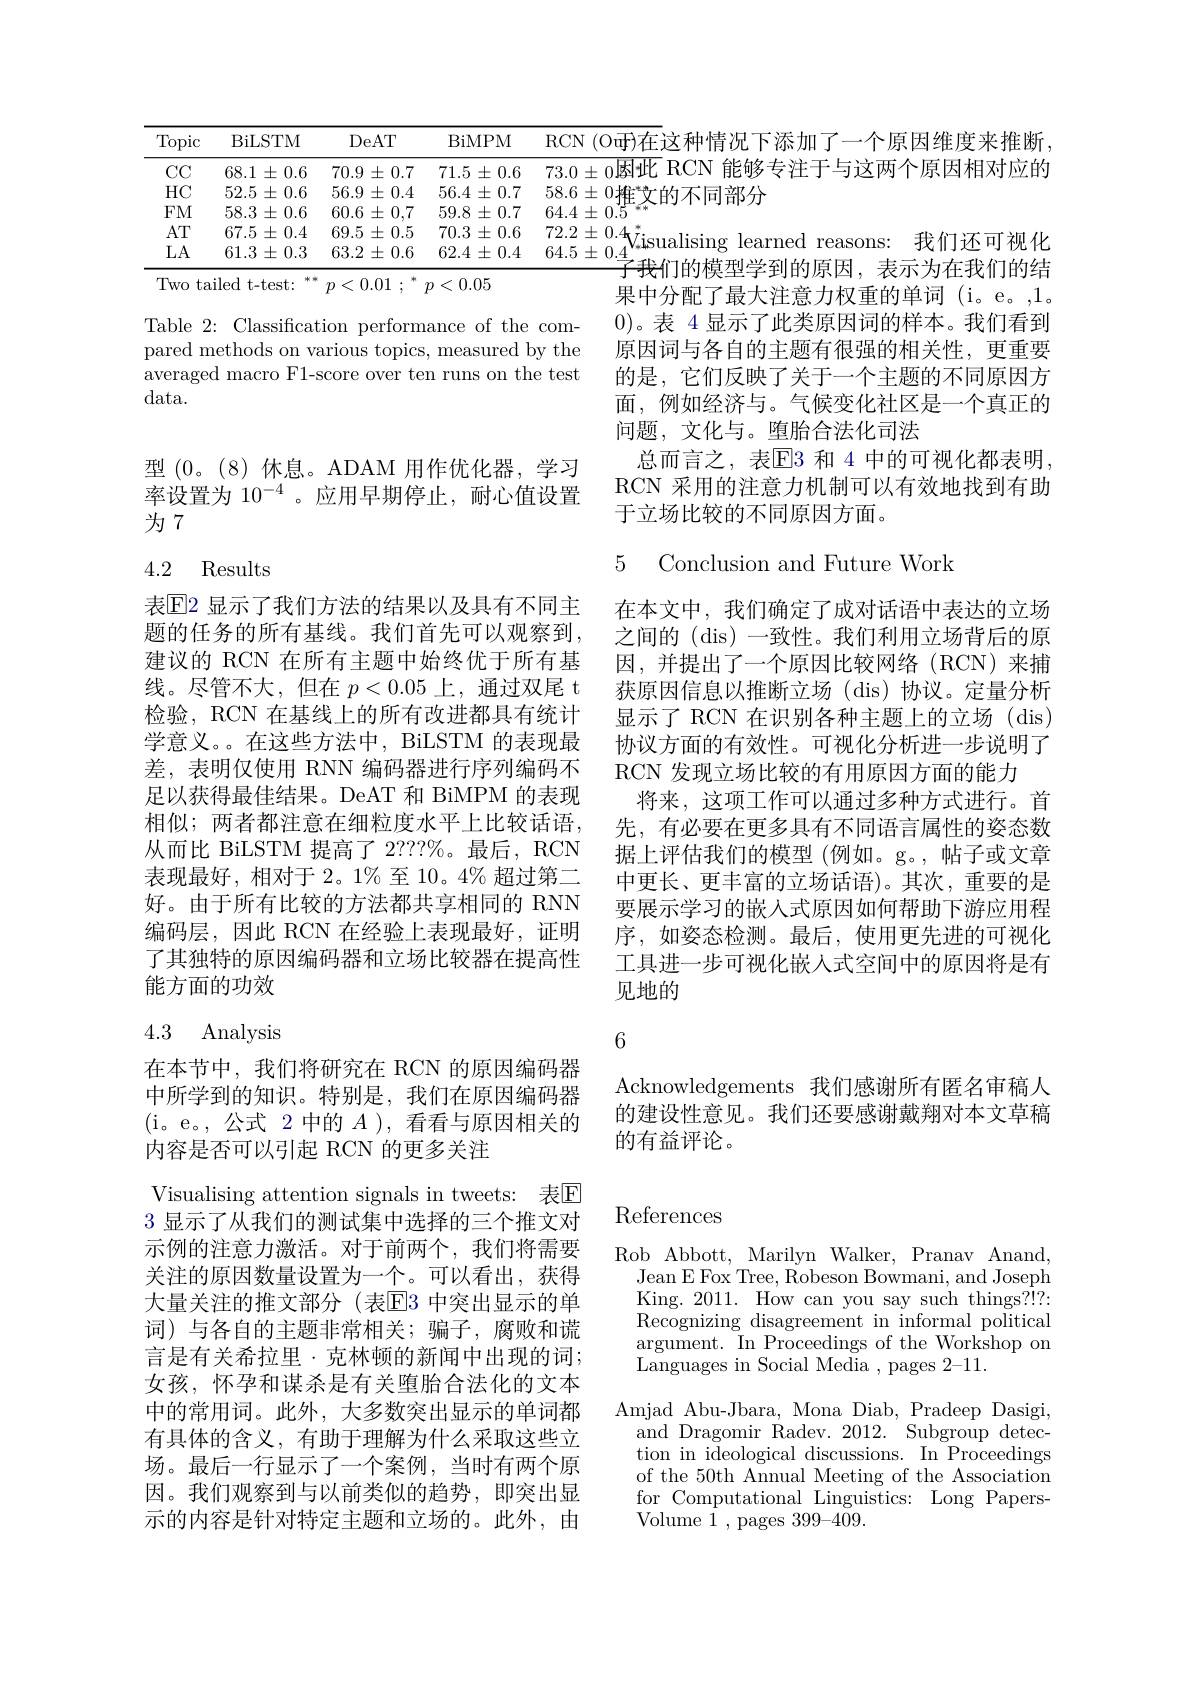
<table>
	<tbody>
		<tr>
			<th>Topic</th>
			<th>BiLSTM</th>
			<th>DeAT</th>
			<th>BiMPM</th>
			<th>$\operatorname{R}(:\mathbb{N}$ 248711 |見十 因维罗来推断 $10mr14+x$ $\therefore\bar{I}$ $77^{1}$</th>
		</tr>
		<tr>
			<td>$CCC$</td>
			<td>$68.1\pm0.6$</td>
			<td>$70.9\pm0.7$</td>
			<td>$71.5\pm0.6$</td>
			<td>n|太性RCN 个 原 因 相 对 应 的 </td>
		</tr>
		<tr>
			<td>$HC$</td>
			<td> $5\pm0.6$</td>
			<td>$56.9\pm0.4$</td>
			<td>$56.4\pm0.7$</td>
			<td>$58.6\pm0$推$^*$的不同部分</td>
		</tr>
		<tr>
			<td>$FM$</td>
			<td>$58.3\pm0.6$</td>
			<td>$60.6\pm0,7$</td>
			<td>$59.8\pm0.7$</td>
			<td>64.4 0 $E$ 54</td>
		</tr>
		<tr>
			<td>$AT$</td>
			<td>$67.5\pm0.4$</td>
			<td>$69.5\pm0.5$</td>
			<td>$70.3\pm0.6$</td>
			<td>72.2 + 0 14</td>
		</tr>
		<tr>
			<td>LA</td>
			<td>$61.3\pm0.3$</td>
			<td>63.2 $2\pm0.6$</td>
			<td>$62.4\pm0.4$</td>
			<td>$64.5\pm0.\underline{4}$ $1\times11\times11$</td>
		</tr>
	</tbody>
</table>
果中分配了最大注意力权重的单词(i。e。,1。

0)。表 4 显示了此类原因词的样本。我们看到原因词与各自的主题有很强的相关性，更重要的是，它们反映了关于一个主题的不同原因方面，例如经济与。气候变化社区是一个真正的问题，文化与。堕胎合法化司法
总而言之，表$\overline{\mathrm{E}}$3 和 4 中的可视化都表明RCN 采用的注意力机制可以有效地找到有助于立场比较的不同原因方面。

Table 2: Classification performance of the compared methods on various topics, measured by the averaged macro F1-score over ten runs on the test data.

型(0。(8)休息。ADAM 用作优化器，学习率设置为 10$^{-4}$ 。应用早期停止，耐心值设置为 7

5 Conclusion and Future Work

## 4.2 Results

表$\mathbb{E}$2 显示了我们方法的结果以及具有不同主题的任务的所有基线。我们首先可以观察到， 建议的 RCN 在所有主题中始终优于所有基线。尽管不大，但在$p<0.05$上，通过双尾 t 检验，RCN 在基线上的所有改进都具有统计学意义。在这些方法中，BiLSTM 的表现最差，表明仅使用 RNN 编码器进行序列编码不足以获得最佳结果。DeAT 和 BiMPM 的表现相似；两者都注意在细粒度水平上比较话语， 从而比 BiLSTM 提高了 2???%。最后，RCN 表现最好，相对于 2。1% 至 10。4% 超过第二好。由于所有比较的方法都共享相同的 RNN 编码层，因此 RCN 在经验上表现最好，证明了其独特的原因编码器和立场比较器在提高性能方面的功效

在本文中，我们确定了成对话语中表达的立场之间的(dis)一致性。我们利用立场背后的原因，并提出了一个原因比较网络(RCN)来捕获原因信息以推断立场(dis)协议。定量分析显示了 RCN 在识别各种主题上的立场 (dis) 协议方面的有效性。可视化分析进一步说明了RCN 发现立场比较的有用原因方面的能力
将来，这项工作可以通过多种方式进行。首先，有必要在更多具有不同语言属性的姿态数据上评估我们的模型(例如。g。,帖子或文章中更长、更丰富的立场话语)。其次，重要的是要展示学习的嵌入式原因如何帮助下游应用程序，如姿态检测。最后，使用更先进的可视化工具进一步可视化嵌人式空间中的原因将是有见地的

## 4.3 Analysis

6

Acknowledgements 我们感谢所有匿名审稿人的建设性意见。我们还要感谢戴翔对本文草稿的有益评论。

# References

在本节中，我们将研究在 RCN 的原因编码器中所学到的知识。特别是，我们在原因编码器(i。e。,公式 2 中的$A)$,看看与原因相关的内容是否可以引起 RCN 的更多关注
Visualising attention signals in tweets: 表$\mathbb{E}$ 3显示了从我们的测试集中选择的三个推文对示例的注意力激活。对于前两个，我们将需要关注的原因数量设置为一个。可以看出，获得大量关注的推文部分(表$\overline{\mathrm{E}}$3 中突出显示的单词)与各自的主题非常相关；骗子，腐败和谎言是有关希拉里·克林顿的新闻中出现的词； 女孩，怀孕和谋杀是有关堕胎合法化的文本中的常用词。此外，大多数突出显示的单词都有具体的含义，有助于理解为什么采取这些立场。最后一行显示了一个案例，当时有两个原因。我们观察到与以前类似的趋势，即突出显示的内容是针对特定主题和立场的。此外，由

Rob Abbott, Marilyn Walker, Pranav Anand,
Jean E Fox Tree, Robeson Bowmani, and Joseph King. 2011. How can you say such things?!?: Recognizing disagreement in informal political argument. In Proceedings of the Workshop on Languages in Social Media ,pages 2-11.
Amjad Abu-Jbara, Mona Diab, Pradeep Dasigi,
and Dragomir Radev. 2012. Subgroup detection in ideological discussions. In Proceedings of the 50th Annual Meeting of the Association for Computational Linguistics: Long PapersVolume 1 , pages 399-409.